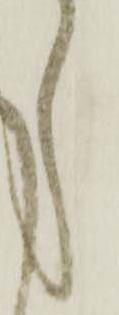
し